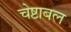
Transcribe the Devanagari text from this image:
चेष्टाबल